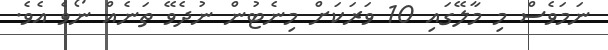
ނަމަވެސް މި މާލޭގައި 10 ވަރަކަށް މިނެޓުން ނުދެވޭ ތަނެއް ނޯވެ އެވެ.